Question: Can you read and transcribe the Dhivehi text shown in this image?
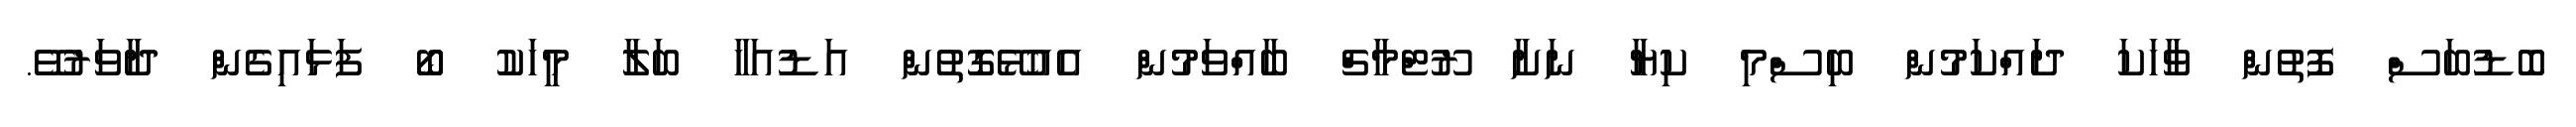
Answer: ބޮޑުބަސް ފޮތުން ވާހަކަ ދައްކަމުން ބިސްމި ކިޔާ ނަށާ ރޫޓްމާޗް ބާއްވަމުން އެއުޅޭގޮތުން އަޑުއަހާ ބަލާ މީހަކު ބޯ ފަޅައިގެން ދާވަރުވޭ.